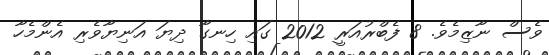
ވެސް ނާޒިމެވެ. 8 ފެބްރުއަރީ 2012 ގައި ހިނގާ ދިޔަ އަނިޔާވެރި އެންމެހާ